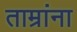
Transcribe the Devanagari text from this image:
ताम्रांना